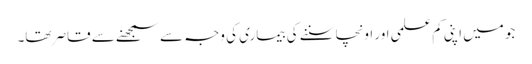
جو میں اپنی کم علمی اور اونچا سننے کی بیماری کی وجہ سے سمجھنے سے قاصر تھا۔